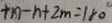
+ n - n + 2 m = 1 8 0 ^ { \circ }